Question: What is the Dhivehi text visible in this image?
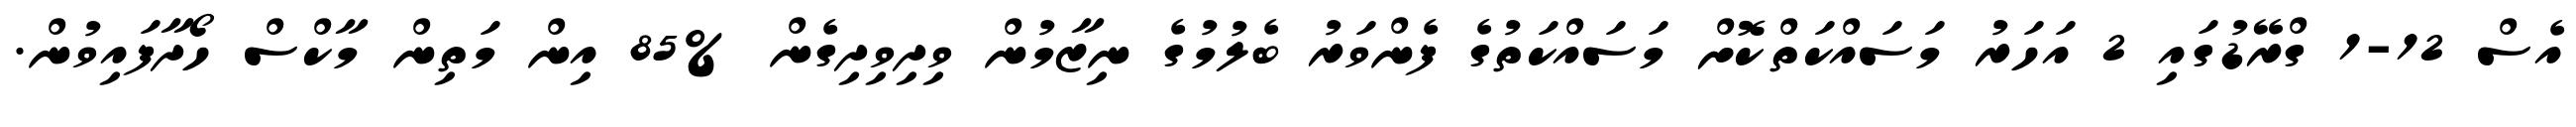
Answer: އެސް 12-1 ގްރޭޑުގައި 2 އަހަރު މަސައްކަތްކޮށް މަސައްކަތުގެ ފެންވަރު ބެލުމުގެ ނިޒާމުން ވިދިވިދިގެން %85 އިން މަތިން މާކްސް ހޯދާފައިވުން.